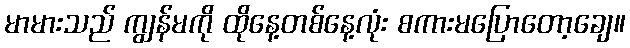
မာမားသည် ကျွန်မကို ထိုနေ့တစ်နေ့လုံး စကားမပြောတော့ချေ။